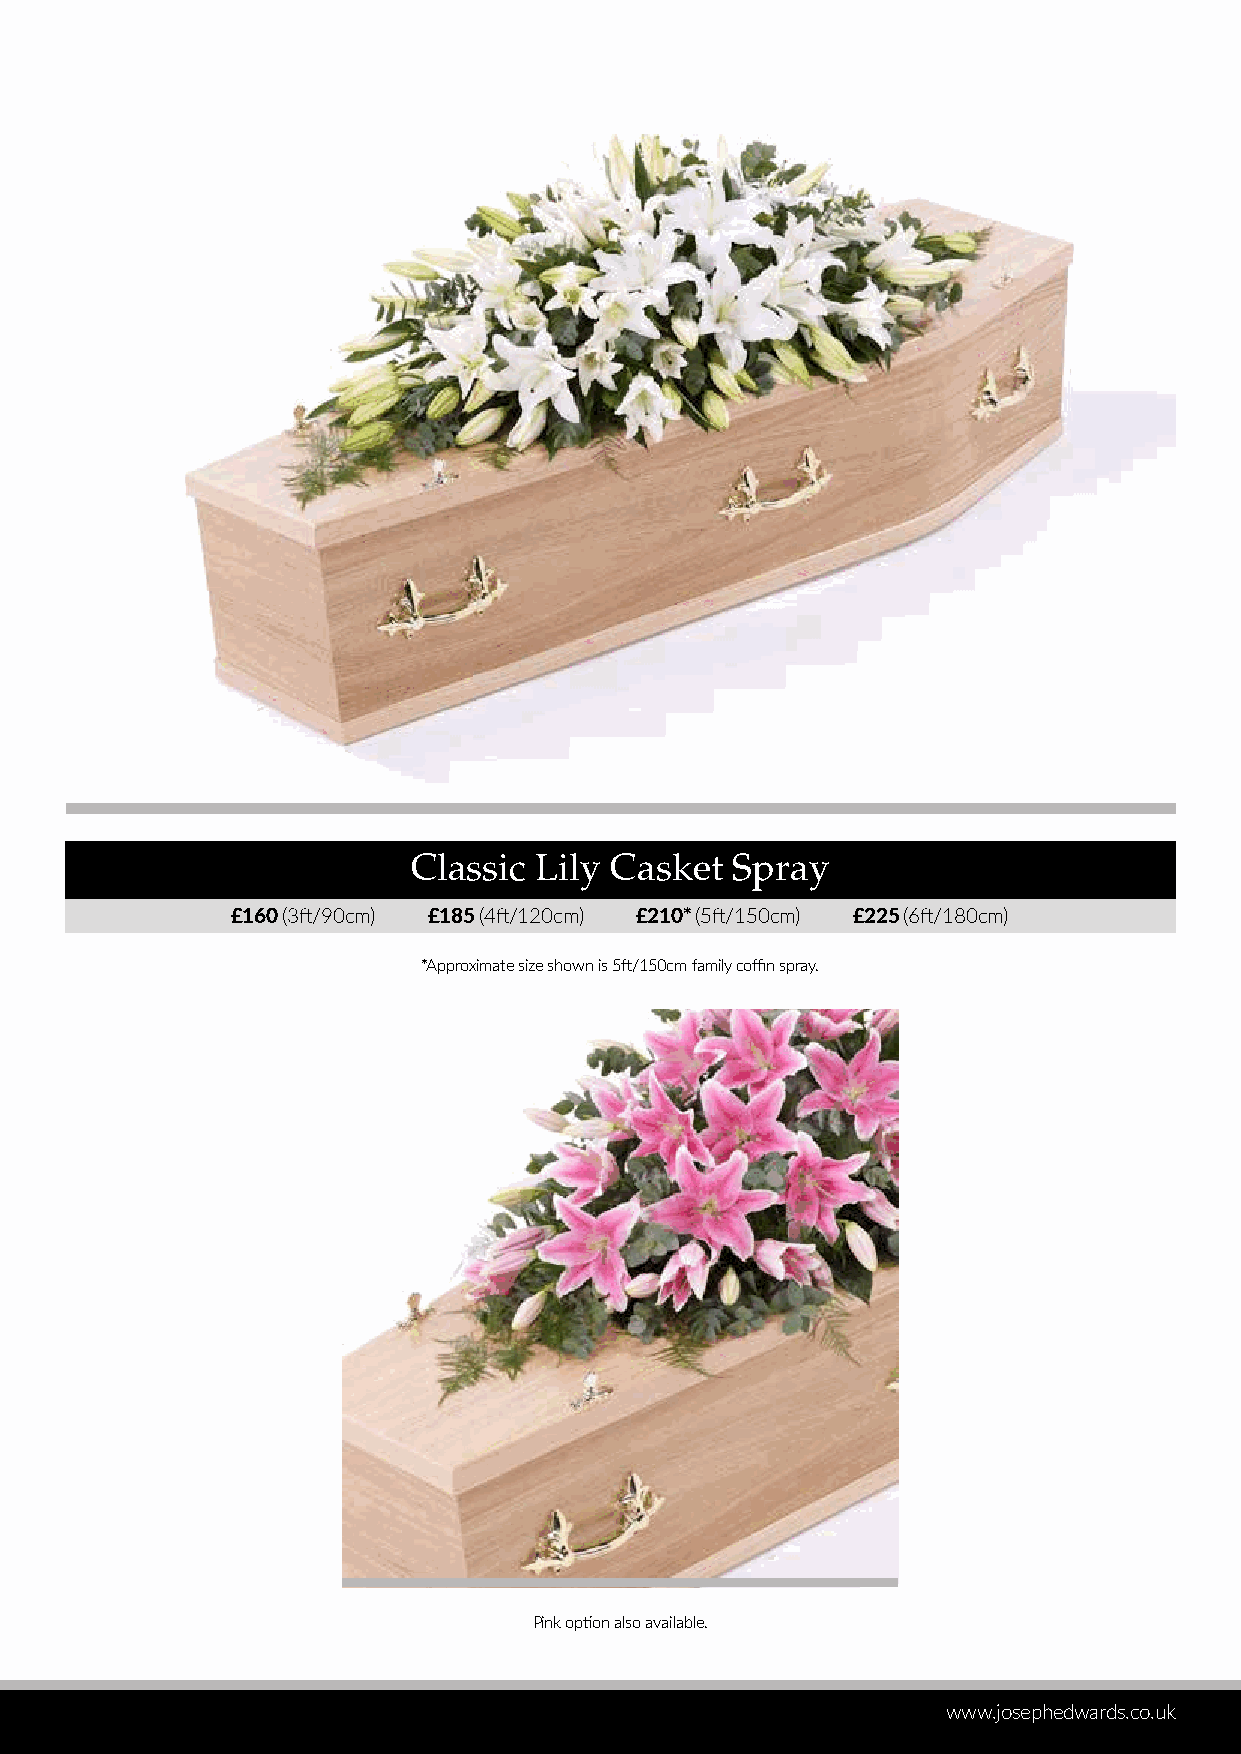
Classic Lily Casket  Spray
 £160 (3ft/90cm) £185 (4ft/120cm) £210* (5ft/150cm) £225 (6ft/180cm)
 *Approximate size shown is 5ft/150cm family coffin spray.
 Pink option also available.
 www.josephedwards.co.uk